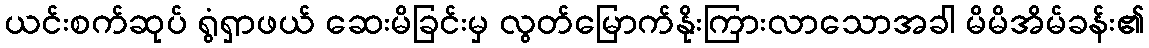
ယင်းစက်ဆုပ် ရွံရှာဖယ် ဆေးမိခြင်းမှ လွတ်မြောက်နိုးကြားလာသောအခါ မိမိအိမ်ခန်း၏